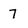
Character: 7